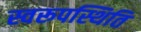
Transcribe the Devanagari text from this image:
स्वरूपस्थिति